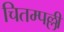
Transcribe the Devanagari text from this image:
चितम्पल्ली